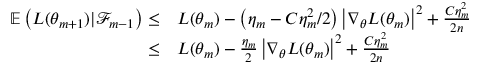
\begin{array} { r l } { \mathbb { E } \left( L ( \theta _ { m + 1 } ) | \mathcal { F } _ { m - 1 } \right) \leq } & { { } L ( \theta _ { m } ) - \left( \eta _ { m } - C \eta _ { m } ^ { 2 } / 2 \right) \left| \nabla _ { \theta } L ( \theta _ { m } ) \right| ^ { 2 } + \frac { C \eta _ { m } ^ { 2 } } { 2 n } } \\ { \leq } & { { } L ( \theta _ { m } ) - \frac { \eta _ { m } } { 2 } \left| \nabla _ { \theta } L ( \theta _ { m } ) \right| ^ { 2 } + \frac { C \eta _ { m } ^ { 2 } } { 2 n } } \end{array}